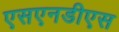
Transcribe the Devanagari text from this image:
एसएनडीएस